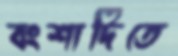
বংশাদিতে